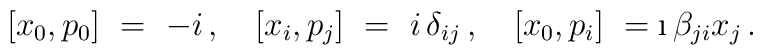
[ x_0 , p_0 ] \ = \ -i\, ,\quad [ x_i ,p_j ] \ = \ i\,\delta_{i j}\, ,\quad [ x_0 , p_i ] \ = \i\,\beta_{j i} x_j\, .